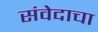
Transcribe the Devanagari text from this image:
संवेदाचा